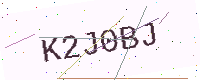
Text: K2J0BJ